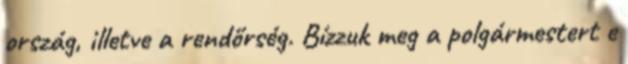
ország, illetve a rendőrség. Bízzuk meg a polgármestert e